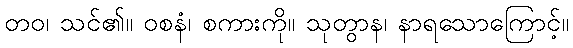
တဝ၊ သင်၏။ ဝစနံ၊ စကားကို။ သုတွာန၊ နာရသောကြောင့်။